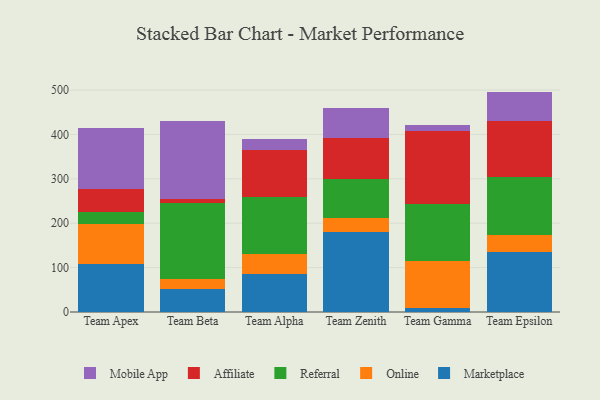
{"axis": {"x": "Team", "y": "Tickets Resolved"}, "legend": ["Affiliate", "Marketplace", "Mobile App", "Online", "Referral"], "data": [{"x": "Team Apex", "y": 108.6, "type": "Marketplace"}, {"x": "Team Apex", "y": 90.4, "type": "Online"}, {"x": "Team Apex", "y": 26.6, "type": "Referral"}, {"x": "Team Apex", "y": 52.1, "type": "Affiliate"}, {"x": "Team Apex", "y": 137.3, "type": "Mobile App"}, {"x": "Team Beta", "y": 51.0, "type": "Marketplace"}, {"x": "Team Beta", "y": 24.1, "type": "Online"}, {"x": "Team Beta", "y": 170.5, "type": "Referral"}, {"x": "Team Beta", "y": 9.9, "type": "Affiliate"}, {"x": "Team Beta", "y": 175.0, "type": "Mobile App"}, {"x": "Team Alpha", "y": 85.1, "type": "Marketplace"}, {"x": "Team Alpha", "y": 45.8, "type": "Online"}, {"x": "Team Alpha", "y": 128.0, "type": "Referral"}, {"x": "Team Alpha", "y": 106.4, "type": "Affiliate"}, {"x": "Team Alpha", "y": 23.9, "type": "Mobile App"}, {"x": "Team Zenith", "y": 179.2, "type": "Marketplace"}, {"x": "Team Zenith", "y": 33.4, "type": "Online"}, {"x": "Team Zenith", "y": 87.0, "type": "Referral"}, {"x": "Team Zenith", "y": 92.0, "type": "Affiliate"}, {"x": "Team Zenith", "y": 69.0, "type": "Mobile App"}, {"x": "Team Gamma", "y": 8.6, "type": "Marketplace"}, {"x": "Team Gamma", "y": 105.6, "type": "Online"}, {"x": "Team Gamma", "y": 130.0, "type": "Referral"}, {"x": "Team Gamma", "y": 163.6, "type": "Affiliate"}, {"x": "Team Gamma", "y": 12.8, "type": "Mobile App"}, {"x": "Team Epsilon", "y": 135.0, "type": "Marketplace"}, {"x": "Team Epsilon", "y": 37.8, "type": "Online"}, {"x": "Team Epsilon", "y": 131.1, "type": "Referral"}, {"x": "Team Epsilon", "y": 127.4, "type": "Affiliate"}, {"x": "Team Epsilon", "y": 65.3, "type": "Mobile App"}]}